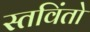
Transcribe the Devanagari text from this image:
स्तविंतो